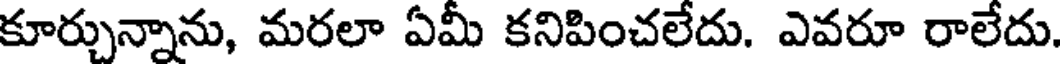
కూర్చున్నాను, మరలా ఏమీ కనిపించలేదు. ఎవరూ రాలేదు